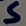
Text: S